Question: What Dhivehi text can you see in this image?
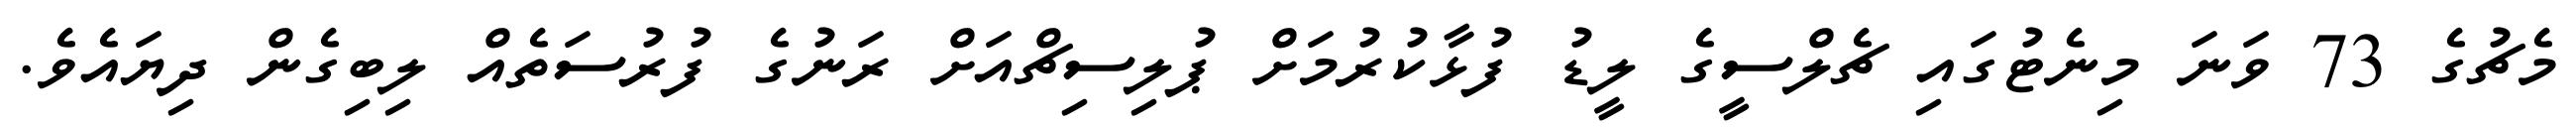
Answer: މެޗުގެ 73 ވަނަ މިނެޓުގައި ޗެލްސީގެ ލީޑު ފުޅާކުރުމަށް ޕުލިސިޗްއަށް ރަނުގެ ފުރުސަތެއް ލިބިގެން ދިޔައެވެ.